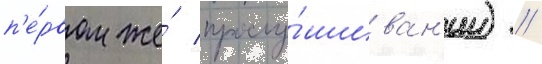
п'е́рвом же́ прослу́шиван'ии) //